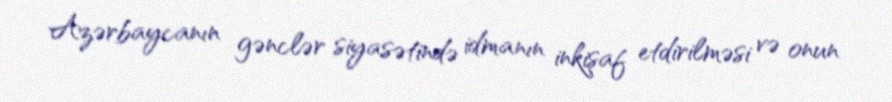
Azərbaycanın gənclər siyasətində idmanın inkişaf etdirilməsi və onun